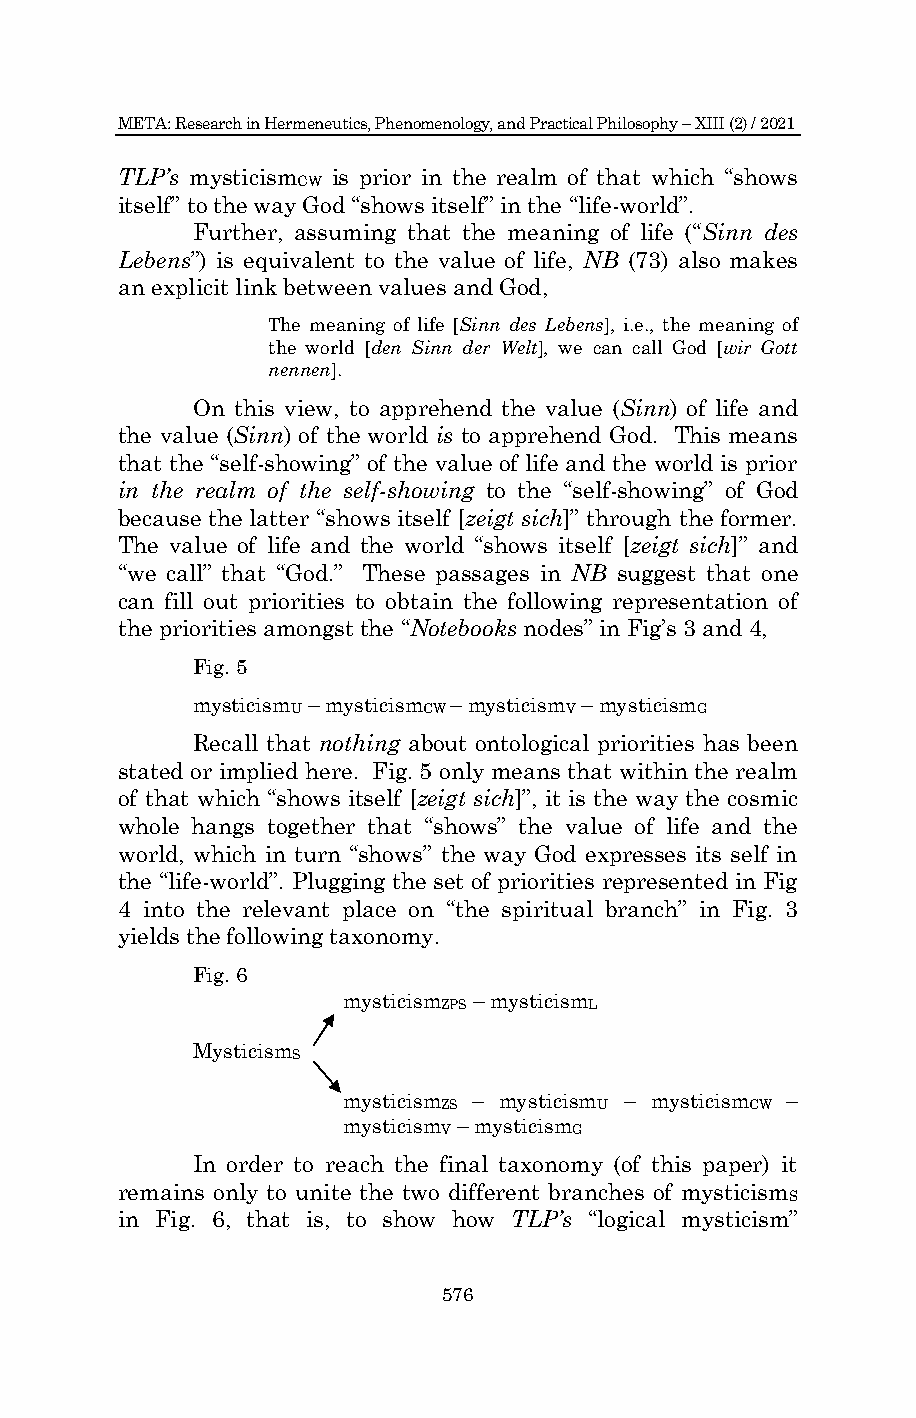
META: Research in Hermeneutics, Phenomenology, and Practical Philosophy – XIII (2) / 2021
 TLP’s mysticism is prior in the realm of that which “shows
 CW
 itself” to the way God “shows itself” in the “life-world”.
 Further, assuming that the meaning of life (“Sinn des
 Lebens”) is equivalent to the value of life, NB (73) also makes
 an explicit link between values and God,
 The meaning of life [Sinn des Lebens], i.e., the meaning of
 the world [den Sinn der Welt], we can call God [wir Gott
 nennen].
 On this view, to apprehend the value (Sinn) of life and
 the value (Sinn) of the world is to apprehend God. This means
 that the “self-showing” of the value of life and the world is prior
 in the realm of the self-showing to the “self-showing” of God
 because the latter “shows itself [zeigt sich]” through the former.
 The value of life and the world “shows itself [zeigt sich]” and
 “we call” that “God.” These passages in NB suggest that one
 can fill out priorities to obtain the following representation of
 the priorities amongst the “Notebooks nodes” in Fig’s 3 and 4,
 Fig. 5
 mysticism – mysticism – mysticism – mysticism
 U        CW       V        G
 Recall that nothing about ontological priorities has been
 stated or implied here. Fig. 5 only means that within the realm
 of that which “shows itself [zeigt sich]”, it is the way the cosmic
 whole hangs together that “shows” the value of life and the
 world, which in turn “shows” the way God expresses its self in
 the “life-world”. Plugging the set of priorities represented in Fig
 4 into the relevant place on “the spiritual branch” in Fig. 3
 yields the following taxonomy.
 Fig. 6
 mysticism – mysticism
 ZPS       L
 Mysticism
 S
 mysticism – mysticism – mysticism –
 ZS         U         CW
 mysticism – mysticism
 V        G
 In order to reach the final taxonomy (of this paper) it
 remains only to unite the two different branches of mysticism
 S
 in Fig. 6, that is, to show how TLP’s “logical mysticism”
 576